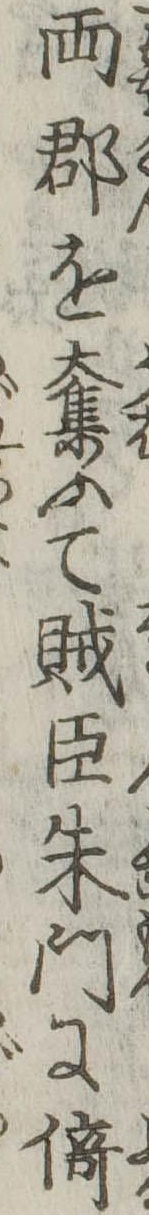
両郡を奪ふて賊臣朱門に倚